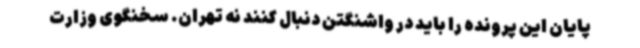
پایان این پرونده را باید در واشنگتن دنبال کنند نه تهران. سخنگوی وزارت